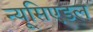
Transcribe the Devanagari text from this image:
न्यूसिएडल